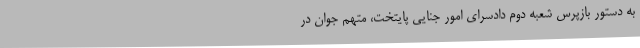
به دستور بازپرس شعبه دوم دادسرای امور جنایی پایتخت، متهم جوان در